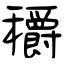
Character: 穱